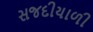
સજદીયાળી